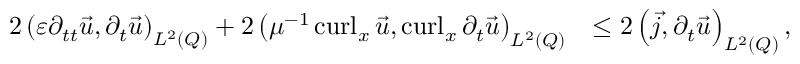
\begin{array} { r l } { 2 \left( \varepsilon \partial _ { t t } \vec { u } , \partial _ { t } \vec { u } \right) _ { L ^ { 2 } ( Q ) } + 2 \left( \mu ^ { - 1 } \operatorname { c u r l } _ { x } \vec { u } , \operatorname { c u r l } _ { x } \partial _ { t } \vec { u } \right) _ { L ^ { 2 } ( Q ) } } & { \leq 2 \left( \vec { j } , \partial _ { t } \vec { u } \right) _ { L ^ { 2 } ( Q ) } , } \end{array}